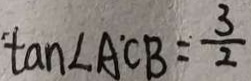
\tan \angle A C B = \frac { 3 } { 2 }